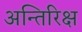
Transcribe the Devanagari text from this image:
अन्तिरिक्ष